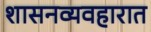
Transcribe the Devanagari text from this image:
शासनव्यवहारात